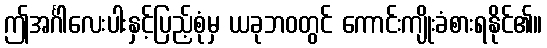
ဤအင်္ဂါလေးပါးနှင့်ပြည့်စုံမှ ယခုဘဝတွင် ကောင်းကျိုးခံစားရနိုင်၏။